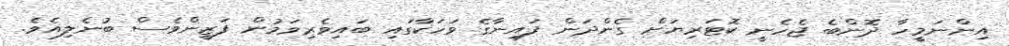
އިންނަމީހާ ދޮންބެ ޖެހެނީ ކޮޓަރިޔަށް ގެންދަން ފައިނާގެ ވަހަކާގައި ބައިވެރިވަމުން ފަޒީންވެސް ބުނެލިއެވެ.